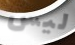
ليس